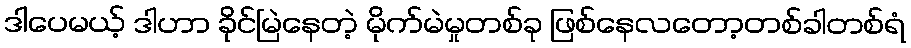
ဒါပေမယ့် ဒါဟာ ခိုင်မြဲနေတဲ့ မိုက်မဲမှုတစ်ခု ဖြစ်နေလတော့တစ်ခါတစ်ရံ